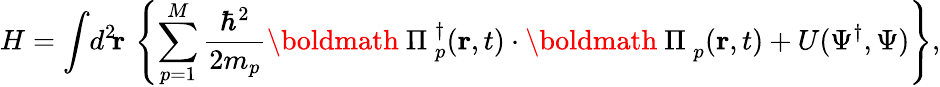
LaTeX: H=\int\! d^{2}\! {\mathbf r}\, \left\{ \sum_{p=1}^{M}\frac{\hbar^{2}}{2m_{p}}\mathrm{\boldmath~\Pi~}_{p}^{\dagger}({\mathbf r},t)\cdot\mathrm{\boldmath~\Pi~}_{p}({\mathbf r},t)+U(\Psi^{\dagger},\Psi)\right\} ,